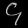
Digit: ၄